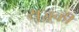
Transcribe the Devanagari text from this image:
सुज़ूकी